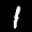
Label: 1